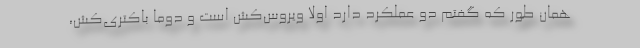
همان طور که گفتم دو عملکرد دارد اولاً ویروس‌کش است و دوماً باکتری‌کش،